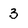
Character: 3